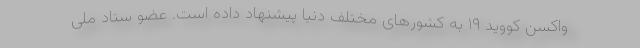
واکسن کووید ۱۹ به کشورهای مختلف دنیا پیشنهاد داده است. عضو ستاد ملی